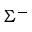
\Sigma ^ { - }